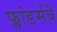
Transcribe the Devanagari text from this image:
फ्लांडर्सचे